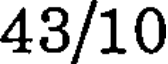
43/10